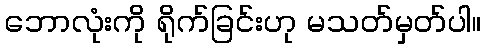
ဘောလုံးကို ရိုက်ခြင်းဟု မသတ်မှတ်ပါ။